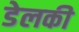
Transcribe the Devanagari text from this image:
डेलकी